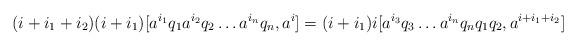
LaTeX: \begin{align*} (i+i_1+i_2)(i+i_1)[a^{i_1}q_1a^{i_2}q_2\ldots a^{i_n}q_n, a^i]=(i+i_1)i[a^{i_3}q_3\ldots a^{i_n}q_nq_1q_2, a^{i+i_1+i_2}]\end{align*}